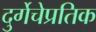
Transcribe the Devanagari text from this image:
दुर्गेचेप्रतिक